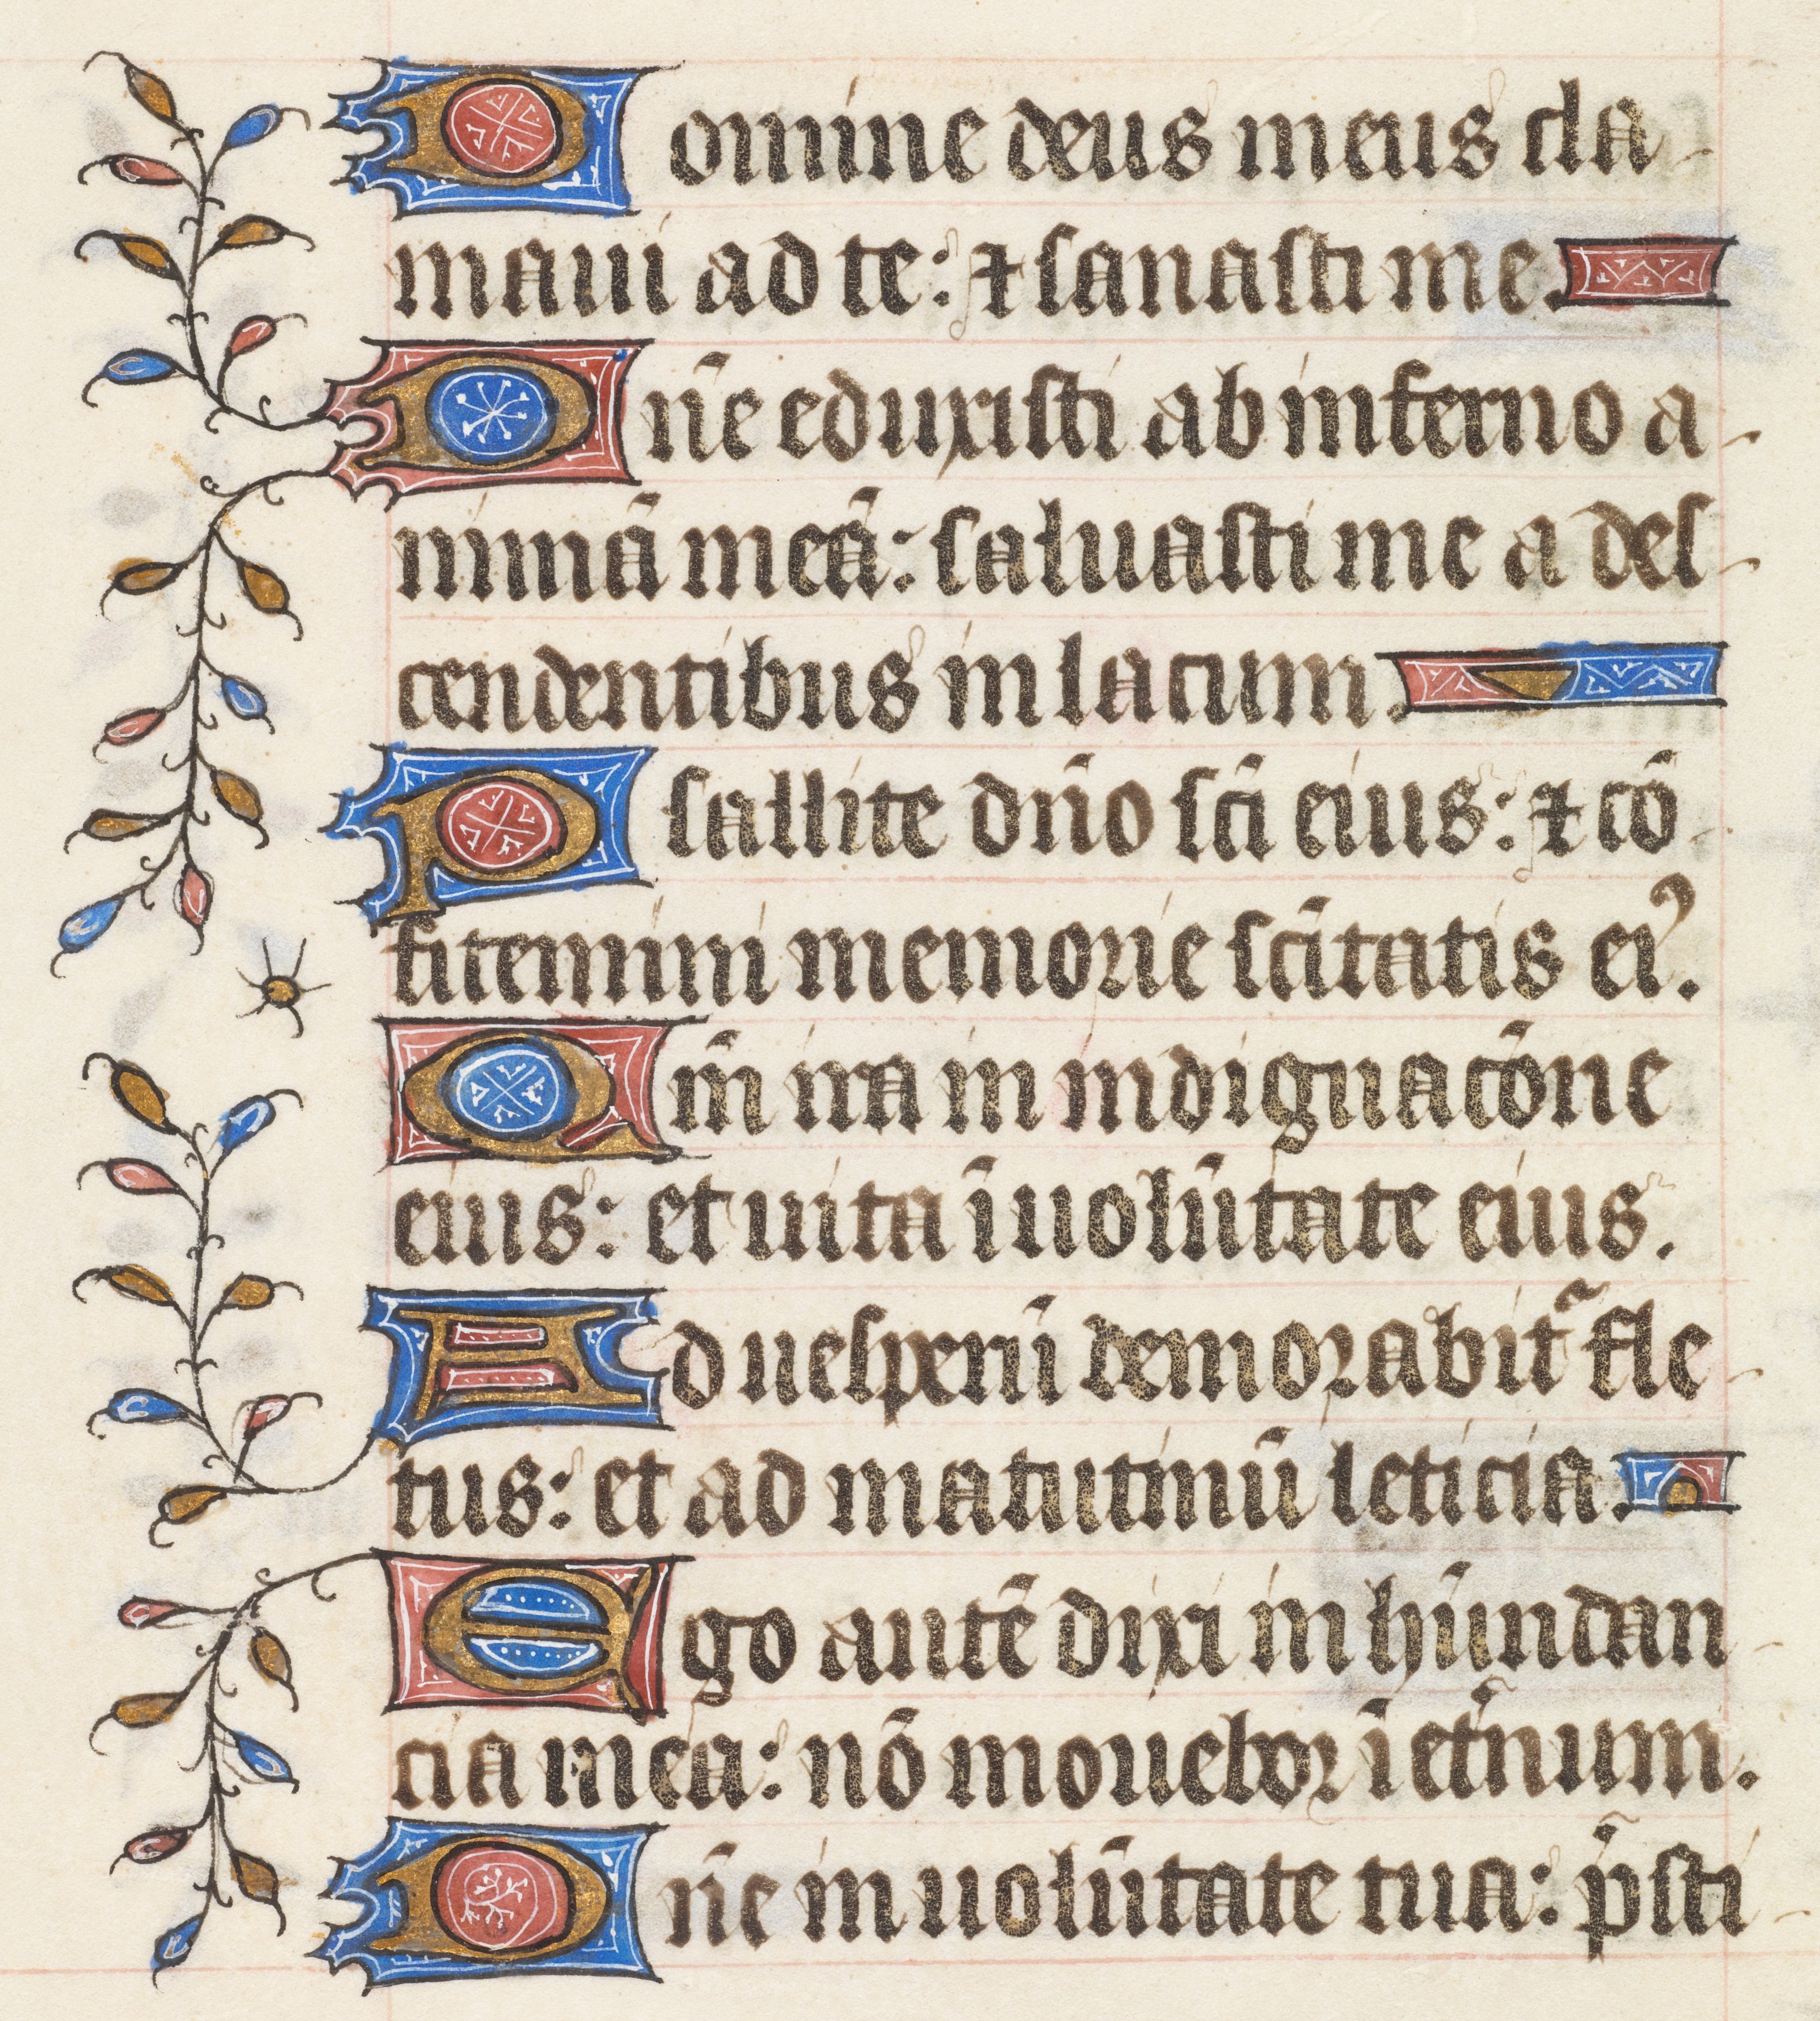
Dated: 1395–1425